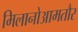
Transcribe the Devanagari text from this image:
मिलानोआमतौर